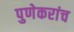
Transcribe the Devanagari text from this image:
पुणेकरांच